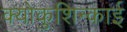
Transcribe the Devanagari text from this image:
क्योकुशिन्काई